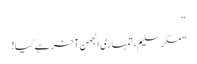
“
”مگر سلیم، تمہاری الجھن آخر ہے کیا!